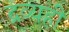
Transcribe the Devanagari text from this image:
द्रव्यही